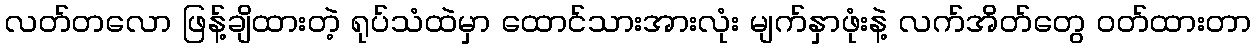
လတ်တလော ဖြန့်ချိထားတဲ့ ရုပ်သံထဲမှာ ထောင်သားအားလုံး မျက်နှာဖုံးနဲ့ လက်အိတ်တွေ ဝတ်ထားတာ